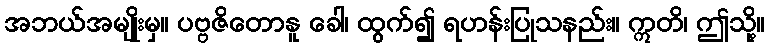
အဘယ်အမျိုးမှ။ ပဗ္ဗဇိတောနူ ခေါ၊ ထွက်၍ ရဟန်းပြုသနည်း။ ဣတိ၊ ဤသို့။